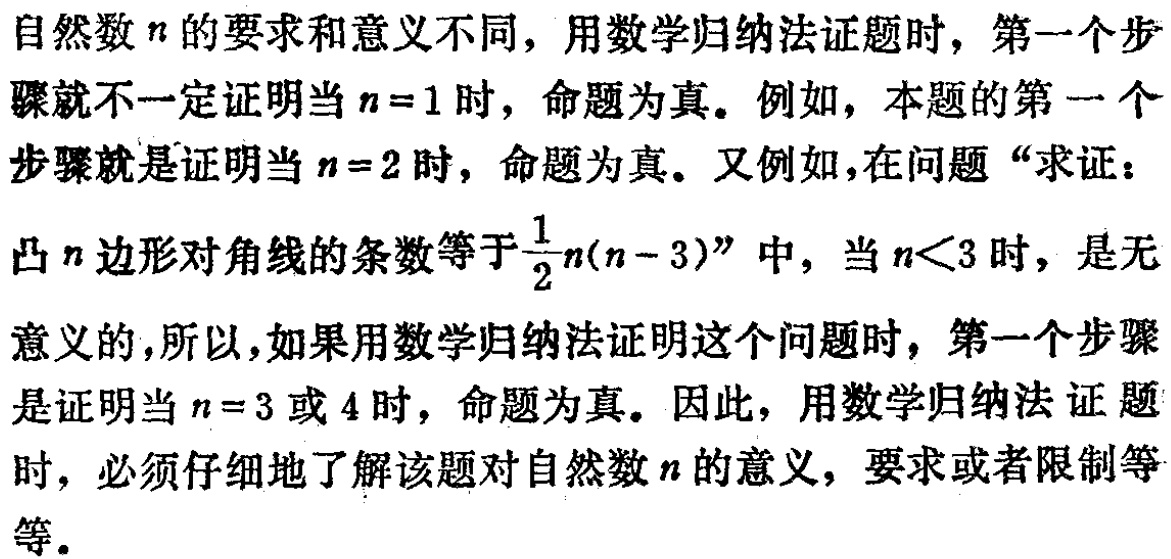
自然数\(n\)的要求和意义不同，用数学归纳法证题时，第一个步骤就不一定证明当\(n = 1\)时，命题为真。例如，本题的第一个步骤就是证明当\(n = 2\)时，命题为真。又例如，在问题“求证：凸\(n\)边形对角线的条数等于\(\frac{1}{2}n(n - 3)\)”中，当\(n<3\)时，是无意义的，所以，如果用数学归纳法证明这个问题时，第一个步骤是证明当\(n = 3\)或\(4\)时，命题为真。因此，用数学归纳法证题时，必须仔细地了解该题对自然数\(n\)的意义，要求或者限制等等。